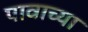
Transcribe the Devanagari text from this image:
पावाच्या